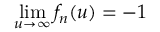
\operatorname* { l i m } _ { u \rightarrow \infty } f _ { n } ( u ) = - 1